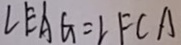
\angle E A G = \angle F C A